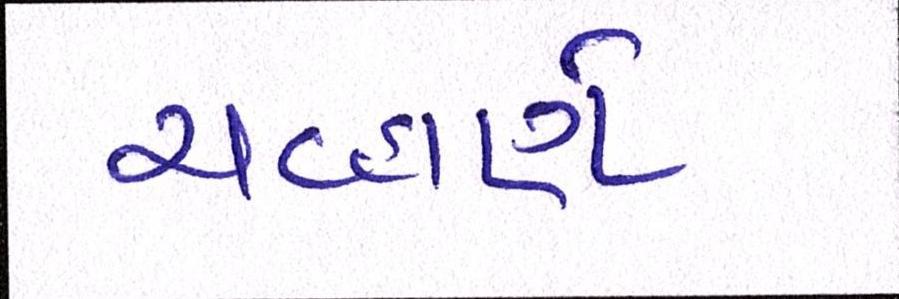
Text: ચવ્હાણે